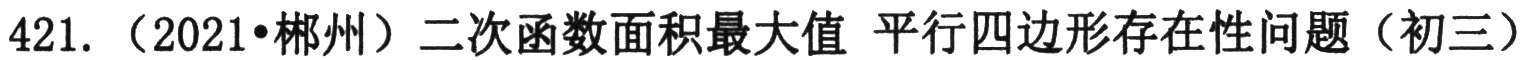
421. （2021•郴州）二次函数面积最大值 平行四边形存在性问题（初三）